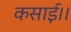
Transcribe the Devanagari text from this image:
कसाई।।